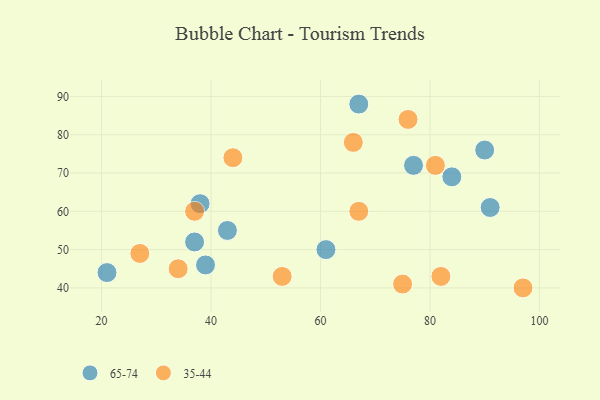
{"axis": {"x": "GDP", "y": "Life Expectancy"}, "legend": ["35-44", "65-74"], "data": [{"x": "67", "y": 88, "type": "65-74"}, {"x": "38", "y": 62, "type": "65-74"}, {"x": "43", "y": 55, "type": "65-74"}, {"x": "39", "y": 46, "type": "65-74"}, {"x": "84", "y": 69, "type": "65-74"}, {"x": "61", "y": 50, "type": "65-74"}, {"x": "77", "y": 72, "type": "65-74"}, {"x": "91", "y": 61, "type": "65-74"}, {"x": "37", "y": 52, "type": "65-74"}, {"x": "90", "y": 76, "type": "65-74"}, {"x": "21", "y": 44, "type": "65-74"}, {"x": "27", "y": 49, "type": "35-44"}, {"x": "37", "y": 60, "type": "35-44"}, {"x": "82", "y": 43, "type": "35-44"}, {"x": "66", "y": 78, "type": "35-44"}, {"x": "44", "y": 74, "type": "35-44"}, {"x": "75", "y": 41, "type": "35-44"}, {"x": "76", "y": 84, "type": "35-44"}, {"x": "97", "y": 40, "type": "35-44"}, {"x": "34", "y": 45, "type": "35-44"}, {"x": "81", "y": 72, "type": "35-44"}, {"x": "53", "y": 43, "type": "35-44"}, {"x": "67", "y": 60, "type": "35-44"}]}